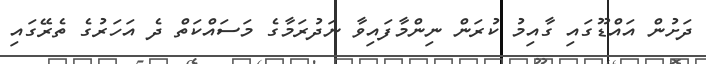
ދަށުން އައްޑޫގައި ގާއިމު ކުރަން ނިންމާފައިވާ ނަދުރަމާގެ މަސައްކަތް ދެ އަހަރުގެ ތެރޭގައި